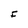
Character: F